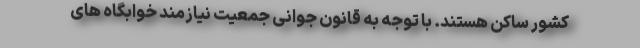
کشور ساکن هستند. با توجه به قانون جوانی جمعیت نیازمند خوابگاه های